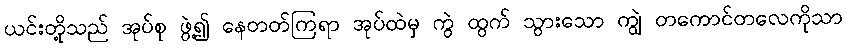
ယင်းတို့သည် အုပ်စု ဖွဲ့၍ နေတတ်ကြရာ အုပ်ထဲမှ ကွဲ ထွက် သွားသော ကျွဲ တကောင်တလေကိုသာ